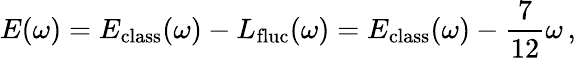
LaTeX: E(\omega)=E_{\mathrm{class}}(\omega)-L_{\mathrm{fluc}}(\omega)=E_{\mathrm{class}}(\omega)-\frac{7}{12}\omega\, ,